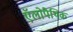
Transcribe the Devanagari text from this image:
ऍलोपैथिक